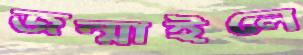
জন্মাইলে